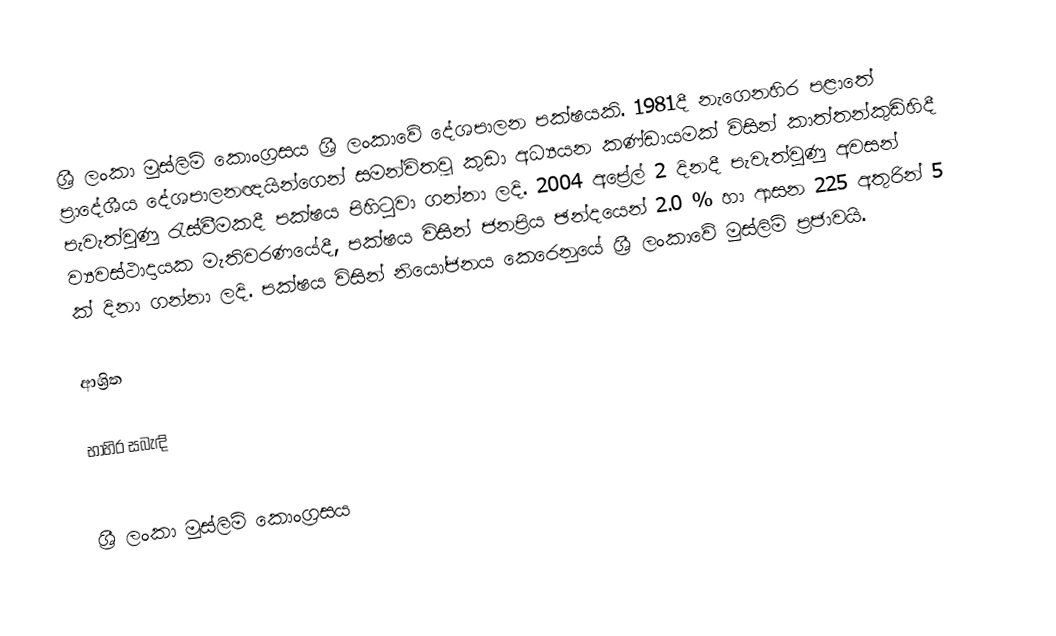
ශ්‍රී ලංකා මුස්ලිම් කොංග්‍රසය ශ්‍රී ලංකාවේ  දේශපාලන පක්ෂයකි. 1981දී නැගෙනහිර පළාතේ ප්‍රාදේශීය දේශපාලනඥයින්ගෙන් සමන්විතවූ  කුඩා අධ්‍යයන කණ්ඩායමක් විසින් කාත්තන්කුඩිහිදී  පැවැත්වුණු රැස්වීමකදී පක්ෂය පිහිටුවා ගන්නා ලදි. 2004 අප්‍රේල් 2 දිනදී පැවැත්වුණු අවසන් ව්‍යවස්ථාදායක මැතිවරණයේදී, පක්ෂය විසින් ජනප්‍රිය ඡන්දයෙන් 2.0 % හා ආසන 225 අතුරින් 5 ක් දිනා ගන්නා ලදි. පක්ෂය විසින් නියෝජනය කෙරෙනුයේ ශ්‍රී ලංකාවේ මුස්ලිම් ප්‍රජාවයි.

ආශ්‍රිත

භාහිර සබැඳි

ශ්‍රී ලංකා මුස්ලිම් කොංග්‍රසය